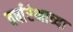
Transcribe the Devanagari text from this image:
वर्षारंभाच्या